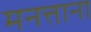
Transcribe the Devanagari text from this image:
मनत्ताना